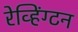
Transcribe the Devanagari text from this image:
रेव्हिंग्टन